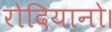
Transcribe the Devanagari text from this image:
रोदियानो।